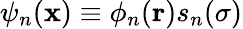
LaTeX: \psi_{n}(\mathbf{x})\equiv\phi_{n}(\mathbf{r})s_{n}(\sigma)